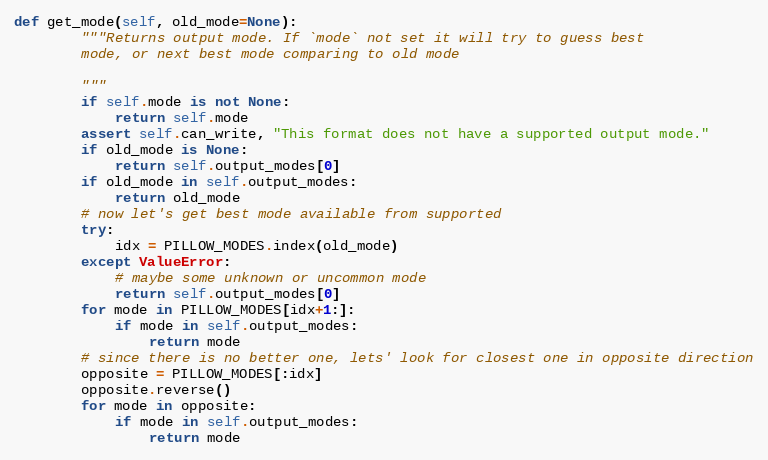
Language: Python
def get_mode(self, old_mode=None):
        """Returns output mode. If `mode` not set it will try to guess best
        mode, or next best mode comparing to old mode

        """
        if self.mode is not None:
            return self.mode
        assert self.can_write, "This format does not have a supported output mode."
        if old_mode is None:
            return self.output_modes[0]
        if old_mode in self.output_modes:
            return old_mode
        # now let's get best mode available from supported
        try:
            idx = PILLOW_MODES.index(old_mode)
        except ValueError:
            # maybe some unknown or uncommon mode
            return self.output_modes[0]
        for mode in PILLOW_MODES[idx+1:]:
            if mode in self.output_modes:
                return mode
        # since there is no better one, lets' look for closest one in opposite direction
        opposite = PILLOW_MODES[:idx]
        opposite.reverse()
        for mode in opposite:
            if mode in self.output_modes:
                return mode